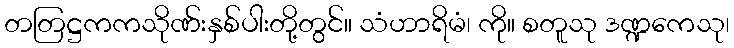
တတြဋ္ဌကကသိုဏ်းနှစ်ပါးတို့တွင်။ သံဟာရိမံ၊ ကို။ စတူသု ဒဏ္ဍကေသု၊